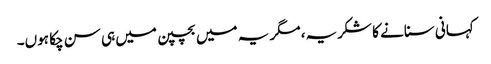
کہانی سنانے کا شکریہ، مگر یہ میں بچپن میں ہی سن چکا ہوں۔